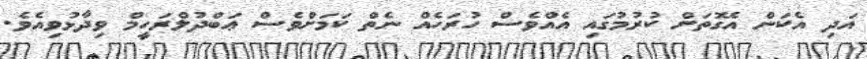
އަދި އެކަން އެގޮތަށް ކުރުމުގައި އެއްވެސް ހުރަހެއް ނެތް ކަމަށްވެސް ޢަބްދުލްރަހީމް ވިދާޅުވިއެވެ.